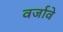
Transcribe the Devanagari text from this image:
वर्जावे